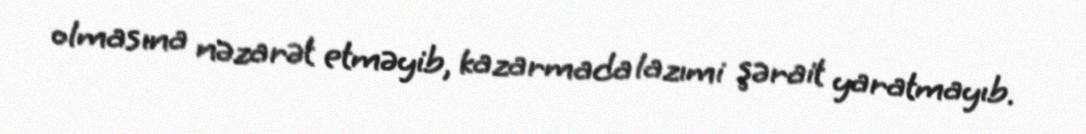
olmasına nəzarət etməyib, kazarmada lazımi şərait yaratmayıb.